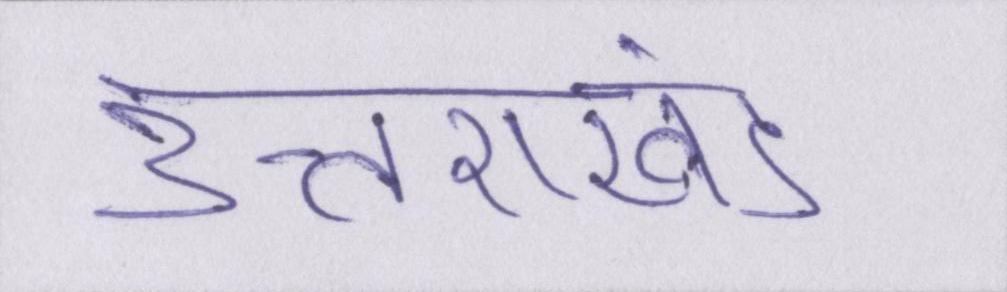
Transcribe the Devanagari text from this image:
उत्तराखंड